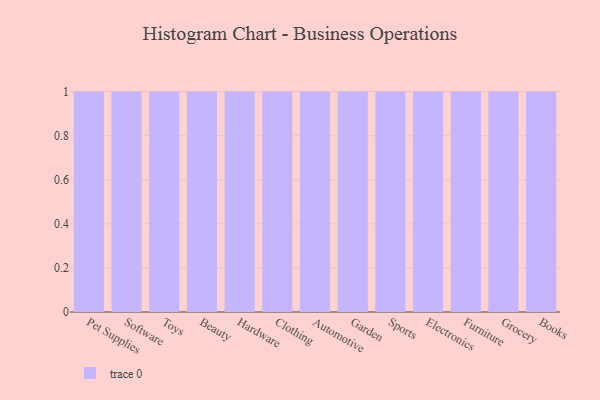
{"axis": {"x": "Category", "y": "LTV (USD)"}, "legend": [""], "data": [{"x": "Pet Supplies", "y": 52, "type": ""}, {"x": "Software", "y": 14, "type": ""}, {"x": "Toys", "y": 42, "type": ""}, {"x": "Beauty", "y": 10, "type": ""}, {"x": "Hardware", "y": 7, "type": ""}, {"x": "Clothing", "y": 56, "type": ""}, {"x": "Automotive", "y": 48, "type": ""}, {"x": "Garden", "y": 42, "type": ""}, {"x": "Sports", "y": 30, "type": ""}, {"x": "Electronics", "y": 72, "type": ""}, {"x": "Furniture", "y": 74, "type": ""}, {"x": "Grocery", "y": 37, "type": ""}, {"x": "Books", "y": 90, "type": ""}]}